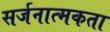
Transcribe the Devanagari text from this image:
सर्जनात्‍मकता